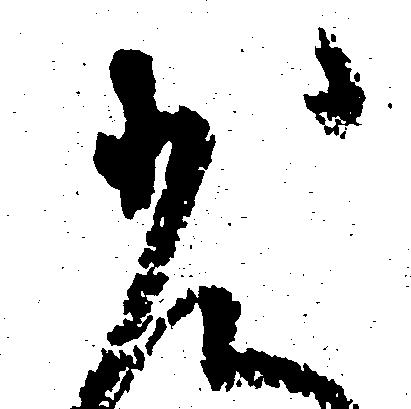
少